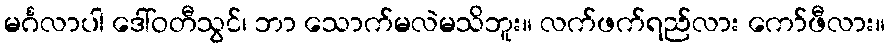
မင်္ဂလာပါ ဒေါ်ဝတီသွင်၊ ဘာ သောက်မလဲမသိဘူး။ လက်ဖက်ရည်လား ကော်ဖီလား။